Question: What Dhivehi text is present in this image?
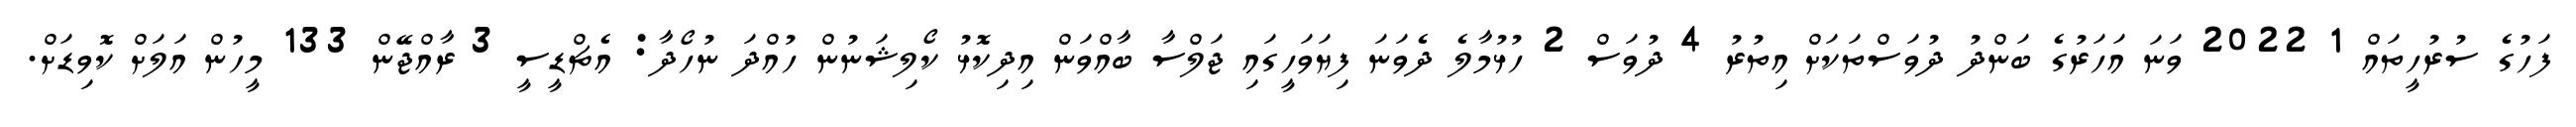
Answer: ފަހުގެ ސުރުހީތައް 1 2022 ވަނަ އަހަރުގެ ބަންދު ދުވަސްތަކަށް އިތުރު 4 ދުވަސް 2 ހުޅުމާލެ ދެވަނަ ފިޔަވަހީގައި ޖަލްސާ ބާއްވަން އިދިކޮޅު ކޯލިޝަނުން ހުއްދަ ނުހޯދާ: އެޗްޑީސީ 3 ރާއްޖޭން 133 މީހުން އަލަށް ކޮވިޑަށް.